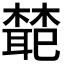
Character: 𭬊